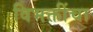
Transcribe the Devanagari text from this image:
विभक्तींचा